Leaving Certificate Examination (including Day School Certificate (Higher) General paper), 1932
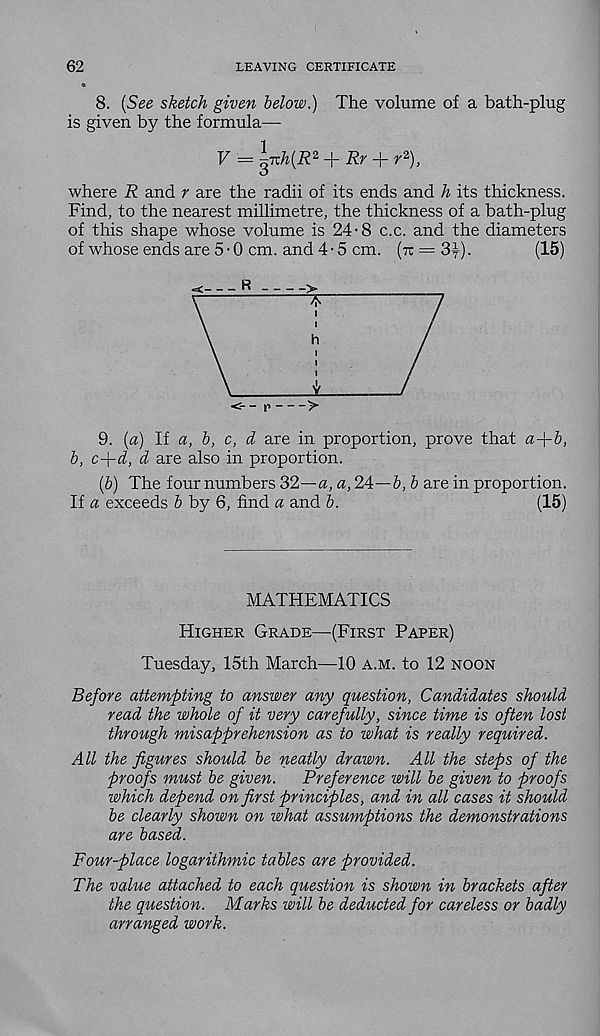
62
LEAVING CERTIFICATE
8. {See sketch given below.) The volume of a bath-plug
is given by the formula—
V = g7r/i(jR 2 + Rr -f- r 2 ),
where R and r are the radii of its ends and h its thickness.
Find, to the nearest millimetre, the thickness of a bath-plug
of this shape whose volume is 24-8 c.c. and the diameters
of whose ends are 5-0 cm. and 4-5 cm. (tc = 3}).
(15)
- p
>
9. (a) If a, b, c, d are in proportion, prove that a+&,
b, c+i, d are also in proportion.
(&) The four numbers 32—a, a, 24—5, 5 are in proportion.
If a exceeds 5 by 6, find a and 5.
(15)
MATHEMATICS
Higher Grade—(First Paper)
Tuesday, 15th March—10 a.m. to 12 noon
Before attempting to answer any question, Candidates should
read the whole of it very carefully, since time is often lost
through misapprehension as to what is really required.
All the figures should be neatly drawn. All the steps of the
proofs must be given.
Preference will be given to proofs
which depend on first principles, and in all cases it should
be clearly shown on what assumptions the demonstrations
are based.
Four-place logarithmic tables are provided.
The value attached to each question is shown in brackets after
the question. Marks will be deducted for careless or badly
arranged work.